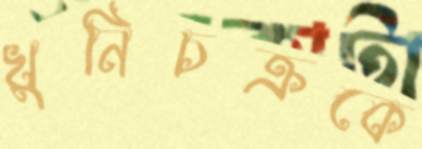
খুনিচক্রকে